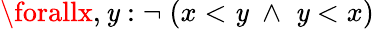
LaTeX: \forallx,\mathit{y}:\neg\; (x<\mathit{y}\; \wedge\; \mathit{y}<x)